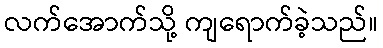
လက်အောက်သို့ ကျရောက်ခဲ့သည်။